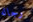
رجاله